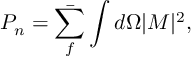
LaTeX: P _ { n } = \bar { \sum _ { f } } \int d \Omega | M | ^ { 2 } ,